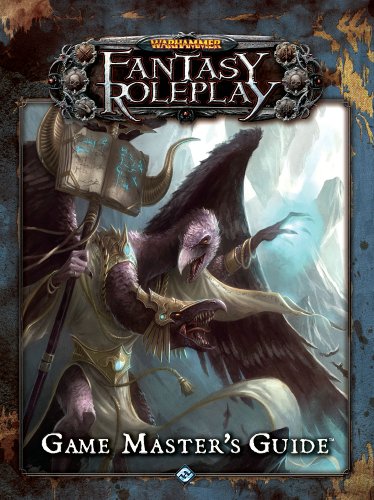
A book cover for Warhammer Fantasy Roleplay: The Game Master's Guide; Fantasy Flight Games; Science Fiction & Fantasy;